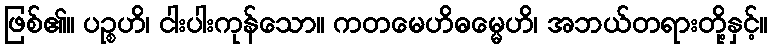
ဖြစ်၏။ ပဉ္စဟိ၊ ငါးပါးကုန်သော။ ကတမေဟိဓမ္မေဟိ၊ အဘယ်တရားတို့နှင့်။